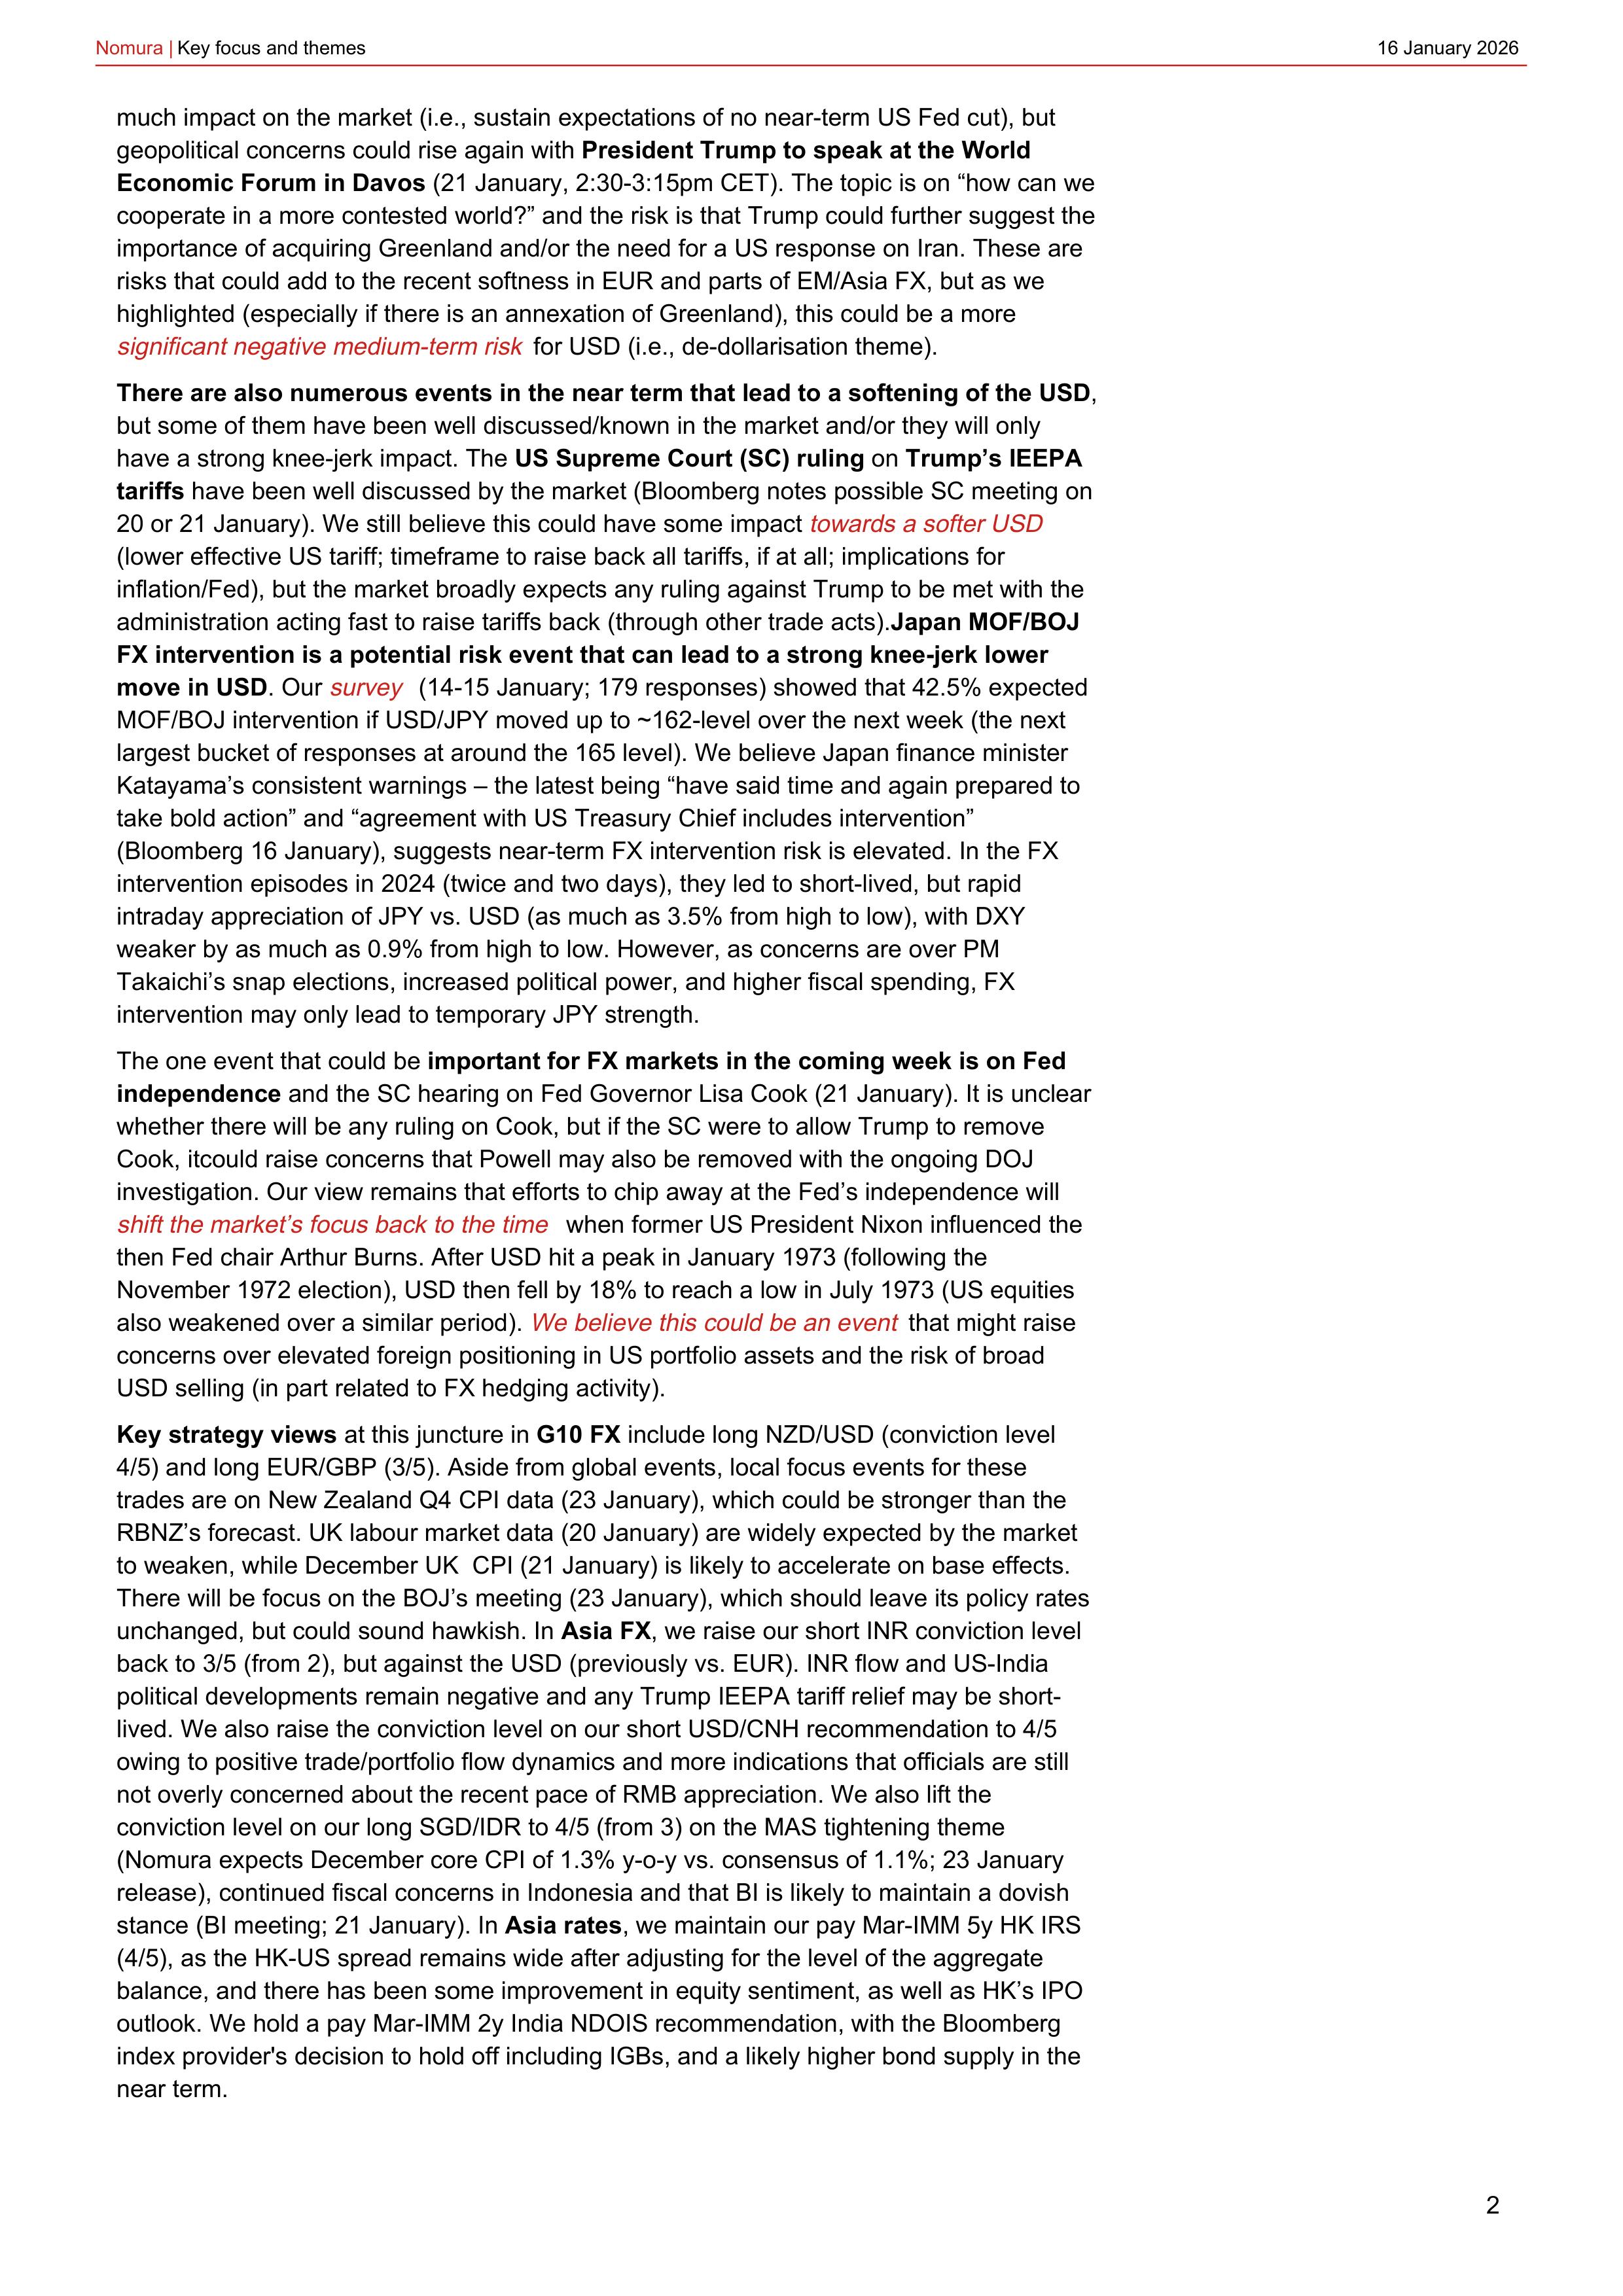
Nomura | Key focus and themes                                                                                       16 January 2026

much impact on the market (i.e., sustain expectations of no near-term US Fed cut), but
geopolitical concerns could rise again with President Trump to speak at the World
Economic Forum in Davos (21 January, 2:30-3:15pm CET). The topic is on “how can we
cooperate in a more contested world?” and the risk is that Trump could further suggest the
importance of acquiring Greenland and/or the need for a US response on Iran. These are
risks that could add to the recent softness in EUR and parts of EM/Asia FX, but as we
highlighted (especially if there is an annexation of Greenland), this could be a more
significant negative medium-term risk for USD (i.e., de-dollarisation theme).

There are also numerous events in the near term that lead to a softening of the USD,
but some of them have been well discussed/known in the market and/or they will only
have a strong knee-jerk impact. The US Supreme Court (SC) ruling on Trump’s IEEPA
tariffs have been well discussed by the market (Bloomberg notes possible SC meeting on
20 or 21 January). We still believe this could have some impact towards a softer USD
(lower effective US tariff; timeframe to raise back all tariffs, if at all; implications for
inflation/Fed), but the market broadly expects any ruling against Trump to be met with the
administration acting fast to raise tariffs back (through other trade acts). Japan MOF/BOJ
FX intervention is a potential risk event that can lead to a strong knee-jerk lower
move in USD. Our survey (14-15 January; 179 responses) showed that 42.5% expected
MOF/BOJ intervention if USD/JPY moved up to ~162-level over the next week (the next
largest bucket of responses at around the 165 level). We believe Japan finance minister
Katayama’s consistent warnings – the latest being “have said time and again prepared to
take bold action” and “agreement with US Treasury Chief includes intervention”
(Bloomberg 16 January), suggests near-term FX intervention risk is elevated. In the FX
intervention episodes in 2024 (twice and two days), they led to short-lived, but rapid
intraday appreciation of JPY vs. USD (as much as 3.5% from high to low), with DXY
weaker by as much as 0.9% from high to low. However, as concerns are over PM
Takaichi’s snap elections, increased political power, and higher fiscal spending, FX
intervention may only lead to temporary JPY strength.

The one event that could be important for FX markets in the coming week is on Fed
independence and the SC hearing on Fed Governor Lisa Cook (21 January). It is unclear
whether there will be any ruling on Cook, but if the SC were to allow Trump to remove
Cook, itcould raise concerns that Powell may also be removed with the ongoing DOJ
investigation. Our view remains that efforts to chip away at the Fed’s independence will
shift the market’s focus back to the time when former US President Nixon influenced the
then Fed chair Arthur Burns. After USD hit a peak in January 1973 (following the
November 1972 election), USD then fell by 18% to reach a low in July 1973 (US equities
also weakened over a similar period). We believe this could be an event that might raise
concerns over elevated foreign positioning in US portfolio assets and the risk of broad
USD selling (in part related to FX hedging activity).

Key strategy views at this juncture in G10 FX include long NZD/USD (conviction level
4/5) and long EUR/GBP (3/5). Aside from global events, local focus events for these
trades are on New Zealand Q4 CPI data (23 January), which could be stronger than the
RBNZ’s forecast. UK labour market data (20 January) are widely expected by the market
to weaken, while December UK CPI (21 January) is likely to accelerate on base effects.
There will be focus on the BOJ’s meeting (23 January), which should leave its policy rates
unchanged, but could sound hawkish. In Asia FX, we raise our short INR conviction level
back to 3/5 (from 2), but against the USD (previously vs. EUR). INR flow and US-India
political developments remain negative and any Trump IEEPA tariff relief may be short-
lived. We also raise the conviction level on our short USD/CNH recommendation to 4/5
owing to positive trade/portfolio flow dynamics and more indications that officials are still
not overly concerned about the recent pace of RMB appreciation. We also lift the
conviction level on our long SGD/IDR to 4/5 (from 3) on the MAS tightening theme
(Nomura expects December core CPI of 1.3% y-o-y vs. consensus of 1.1%; 23 January
release), continued fiscal concerns in Indonesia and that BI is likely to maintain a dovish
stance (BI meeting; 21 January). In Asia rates, we maintain our pay Mar-IMM 5y HK IRS
(4/5), as the HK-US spread remains wide after adjusting for the level of the aggregate
balance, and there has been some improvement in equity sentiment, as well as HK’s IPO
outlook. We hold a pay Mar-IMM 2y India NDOIS recommendation, with the Bloomberg
index provider’s decision to hold off including IGBs, and a likely higher bond supply in the
near term.

2